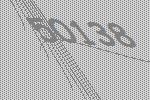
50138